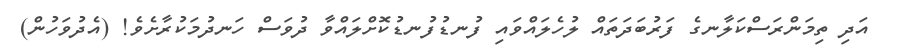
އަދި ތިމަންރަސްކަލާނގެ ފަރުބަދަތައް ލުހެލައްވައި ފުނޑުފުނޑުކޮށްލައްވާ ދުވަސް ހަނދުމަކުރާށެވެ! (އެދުވަހުން)